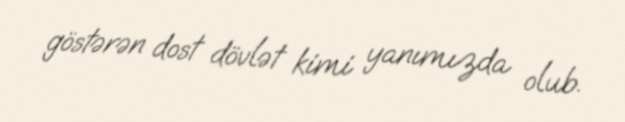
göstərən dost dövlət kimi yanımızda olub.